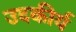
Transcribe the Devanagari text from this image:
उदकीर्य